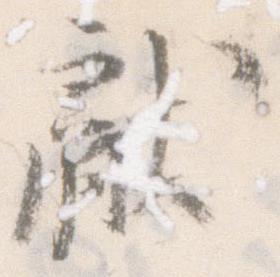
献